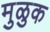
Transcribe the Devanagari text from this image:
मुळुक